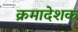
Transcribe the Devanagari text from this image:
क्रमादेशक